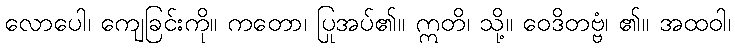
လောပေါ၊ ကျေခြင်းကို။ ကတော၊ ပြုအပ်၏။ ဣတိ၊ သို့။ ဝေဒိတဗ္ဗံ၊ ၏။ အထဝါ၊